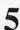
5